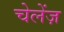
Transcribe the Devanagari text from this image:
चेलेंज़